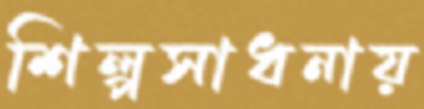
শিল্পসাধনায়